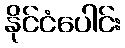
နိုင်ငံပေါင်း